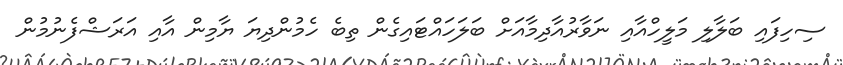
ސިހިފައި ބަލާލި މަލީހްއާއި ނަވާރުުއާދިމާއަށް ބަލަހައްޓައިގެން ތިބެ ހެމުންދިޔަ ޔާމިން އާއި އަރަޝްފެނުމުން